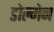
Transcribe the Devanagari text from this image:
डोल्मेन